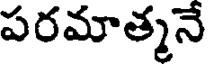
పరమాత్మనే